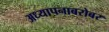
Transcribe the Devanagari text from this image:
अध्यापनाबरोबर